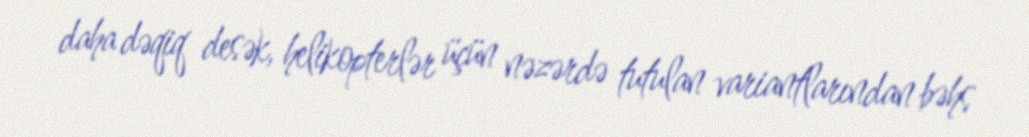
daha dəqiq desək, helikopterlər üçün nəzərdə tutulan variantlarından bəhs